Indian journal of veterinary science and animal husbandry - Volume 8,
Year: 1938
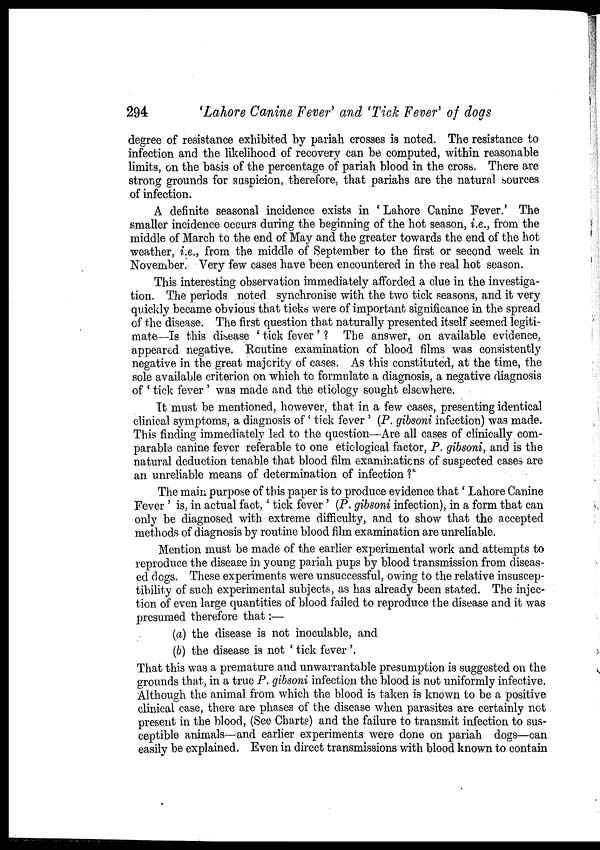
294
'Lahore Canine Fever' and 'Tick Fever' of dogs
degree of resistance exhibited by pariah crosses is noted. The resistance to
infection and the likelihood of recovery can be computed, within reasonable
limits, on the basis of the percentage of pariah blood in the cross. There are
strong grounds for suspicion, therefore, that pariahs are the natural sources
of infection.
A definite seasonal incidence exists in ' Lahore Canine Fever.' The
smaller incidence occurs during the beginning of the hot season, i.e., from the
middle of March to the end of May and the greater towards the end of the hot
weather, i.e., from the middle of September to the first or second week in
November. Very few cases have been encountered in the real hot season.
This interesting observation immediately afforded a clue in the investiga-
tion. The periods noted synchronise with the two tick seasons, and it very
quickly became obvious that ticks were of important significance in the spread
of the disease. The first question that naturally presented itself seemed legiti-
mate—Is this disease ' tick fever' ? The answer, on available evidence,
appeared negative. Routine examination of blood films was consistently
negative in the great majority of cases. As this constituted, at the time, the
sole available criterion on which to formulate a diagnosis, a negative diagnosis
of ' tick fever ' was made and the etiology sought elsewhere.
It must be mentioned, however, that in a few cases, presenting identical
clinical symptoms, a diagnosis of ' tick fever ' (P. gibsoni infection) was made.
This finding immediately led to the question—Are all cases of clinically com-
parable canine fever referable to one etiological factor, P. gibsoni, and is the
natural deduction tenable that blood film examinations of suspected cases are
an unreliable means of determination of infection ?
The main purpose of this paper is to produce evidence that' Lahore Canine
Fever ' is, in actual fact,' tick fever ' (P. gibsoni infection), in a form that can
only be diagnosed with extreme difficulty, and to show that the accepted
methods of diagnosis by routine blood film examination are unreliable.
Mention must be made of the earlier experimental work and attempts to
reproduce the disease in young pariah pups by blood transmission from diseas-
ed dogs. These experiments were unsuccessful, owing to the relative insuscep-
tibility of such experimental subjects, as has already been stated. The injec-
tion of even large quantities of blood failed to reproduce the disease and it was
presumed therefore that:—
(a) the disease is not inoculable, and
(b) the disease is not ' tick fever '.
That this was a premature and unwarrantable presumption is suggested on the
grounds that, in a true P. gibsoni infection the blood is not uniformly infective.
Although the animal from which the blood is taken is known to be a positive
clinical case, there are phases of the disease when parasites are certainly not
present in the blood, (See Charts) and the failure to transmit infection to sus-
ceptible animals—and earlier experiments were done on pariah dogs—can
easily be explained. Even in direct transmissions with blood known to contain